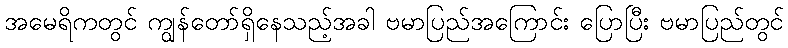
အမေရိကတွင် ကျွန်တော်ရှိနေသည့်အခါ ဗမာပြည်အကြောင်း ပြောပြီး ဗမာပြည်တွင်